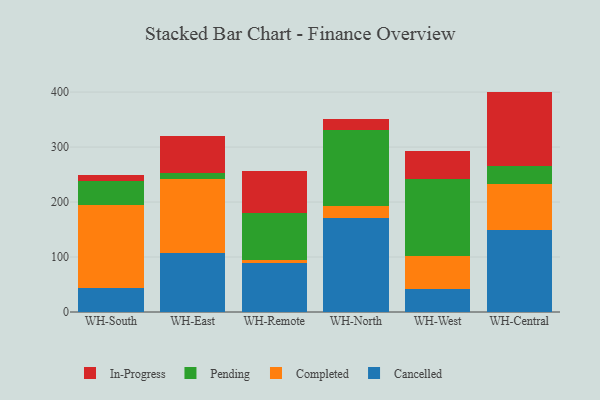
{"axis": {"x": "Warehouse", "y": "Population (Million)"}, "legend": ["Cancelled", "Completed", "In-Progress", "Pending"], "data": [{"x": "WH-South", "y": 43.6, "type": "Cancelled"}, {"x": "WH-South", "y": 151.8, "type": "Completed"}, {"x": "WH-South", "y": 42.9, "type": "Pending"}, {"x": "WH-South", "y": 10.5, "type": "In-Progress"}, {"x": "WH-East", "y": 108.0, "type": "Cancelled"}, {"x": "WH-East", "y": 133.5, "type": "Completed"}, {"x": "WH-East", "y": 11.6, "type": "Pending"}, {"x": "WH-East", "y": 66.4, "type": "In-Progress"}, {"x": "WH-Remote", "y": 88.7, "type": "Cancelled"}, {"x": "WH-Remote", "y": 5.3, "type": "Completed"}, {"x": "WH-Remote", "y": 85.3, "type": "Pending"}, {"x": "WH-Remote", "y": 77.8, "type": "In-Progress"}, {"x": "WH-North", "y": 171.7, "type": "Cancelled"}, {"x": "WH-North", "y": 22.0, "type": "Completed"}, {"x": "WH-North", "y": 137.1, "type": "Pending"}, {"x": "WH-North", "y": 20.8, "type": "In-Progress"}, {"x": "WH-West", "y": 41.3, "type": "Cancelled"}, {"x": "WH-West", "y": 60.5, "type": "Completed"}, {"x": "WH-West", "y": 140.3, "type": "Pending"}, {"x": "WH-West", "y": 51.6, "type": "In-Progress"}, {"x": "WH-Central", "y": 149.8, "type": "Cancelled"}, {"x": "WH-Central", "y": 82.4, "type": "Completed"}, {"x": "WH-Central", "y": 33.0, "type": "Pending"}, {"x": "WH-Central", "y": 135.7, "type": "In-Progress"}]}